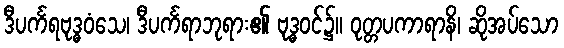
ဒီပင်္ကရဗုဒ္ဓဝံသေ၊ ဒီပင်္ကရာဘုရား၏ ဗုဒ္ဓဝင်၌။ ဝုတ္တပကာရာနိ၊ ဆိုအပ်သော